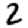
Digit: 2